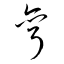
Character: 弯